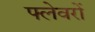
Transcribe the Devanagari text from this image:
फ्लेवरों